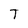
Character: T